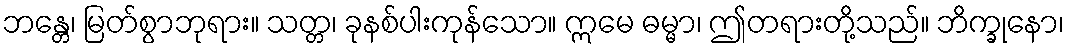
ဘန္တေ၊ မြတ်စွာဘုရား။ သတ္တ၊ ခုနစ်ပါးကုန်သော။ ဣမေ ဓမ္မာ၊ ဤတရားတို့သည်။ ဘိက္ခုနော၊